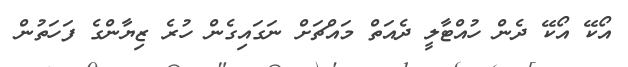
އޯކޭ އޯކޭ ދެން ހުއްޓާލީ ދެއަތް މައްޗަށް ނަގައިގެން ހުރެ ޒިޔާންގެ ފަހަތުން